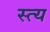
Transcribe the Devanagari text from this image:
स्त्य